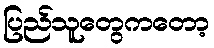
ပြည်သူတွေကတော့